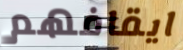
ايقافهم